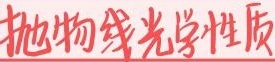
抛物线光学性质